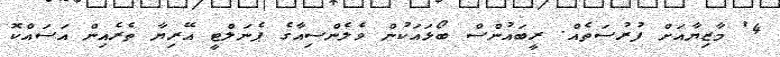
4' މާޒިޔާއަށް ފުރުސަތެއް. ރީބައުންސް ބޯޅައަކުން ވެލެންސިއާގެ ޕެނަލްޓީ އޭރިޔާ ތެރެއިން އަސައްކޮ